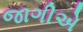
જાગીએ